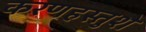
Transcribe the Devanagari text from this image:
करणहस्तुशे